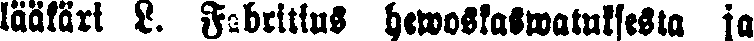
lääkäri L. Fabritius hewoskaswatuksesta ja